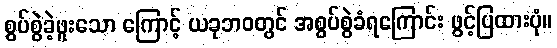
စွပ်စွဲခဲ့ဖူးသော ကြောင့် ယခုဘဝတွင် အစွပ်စွဲခံရကြောင်း ဖွင့်ပြထားပုံ။